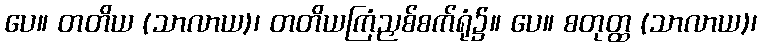
ပေ။ တတိယ (သာလာယ)၊ တတိယကြံညှစ်စက်ရုံ၌။ ပေ။ စတုတ္ထ (သာလာယ)၊